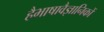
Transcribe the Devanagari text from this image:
हैभाषावैज्ञानिकों